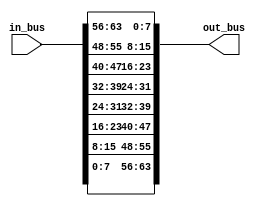
//-
// Copyright (C) 2010, 2011 The Board of Trustees of The Leland Stanford
//                          Junior University
// Copyright (C) 2010, 2011 Adam Covington
// Copyright (C) 2015 Noa Zilberman
// All rights reserved.
//
// This software was developed by
// Stanford University and the University of Cambridge Computer Laboratory
// under National Science Foundation under Grant No. CNS-0855268,
// the University of Cambridge Computer Laboratory under EPSRC INTERNET Project EP/H040536/1 and
// by the University of Cambridge Computer Laboratory under DARPA/AFRL contract FA8750-11-C-0249 ("MRC2"), 
// as part of the DARPA MRC research programme.
//
// @NETFPGA_LICENSE_HEADER_START@
//
// Licensed to NetFPGA C.I.C. (NetFPGA) under one or more contributor
// license agreements.  See the NOTICE file distributed with this work for
// additional information regarding copyright ownership.  NetFPGA licenses this
// file to you under the NetFPGA Hardware-Software License, Version 1.0 (the
// "License"); you may not use this file except in compliance with the
// License.  You may obtain a copy of the License at:
//
//   http://www.netfpga-cic.org
//
// Unless required by applicable law or agreed to in writing, Work distributed
// under the License is distributed on an "AS IS" BASIS, WITHOUT WARRANTIES OR
// CONDITIONS OF ANY KIND, either express or implied.  See the License for the
// specific language governing permissions and limitations under the License.
//
// @NETFPGA_LICENSE_HEADER_END@
//
/*******************************************************************************
 *  File:
 *        changeEndian.v
 *
 *  Module:
 *        changeEndian.v
 *
 *  Author:
 *        Stephen Ibanez
 * 		
 *  Description:
 *        Change the endianness of a bus.
 *        NOTE: Currently the WIDTH must be a multiple of 8!! 
 *
 */

module changeEndian
#( 
    parameter WIDTH = 64
)
(
   input       [WIDTH-1:0]   in_bus,
   output      [WIDTH-1:0]   out_bus 
); 

localparam PAD_WIDTH = ((WIDTH % 8) == 0) ? 0 : 8-(WIDTH % 8);

// pad the input to make it an integer number of bytes
wire [WIDTH+PAD_WIDTH-1:0] padded_in_bus;
assign padded_in_bus = {{PAD_WIDTH{1'b0}}, in_bus};

reg [WIDTH+PAD_WIDTH-1:0] padded_out_bus;

integer ii;

always @ (*) begin
    // reverse the byte order
    for (ii = WIDTH + PAD_WIDTH; ii > 0; ii=ii-8) begin
        padded_out_bus[ii-1 -: 8] = padded_in_bus[(WIDTH+PAD_WIDTH)-ii+7 -: 8];
    end
end

assign out_bus = padded_out_bus[WIDTH-1:0];
  
endmodule